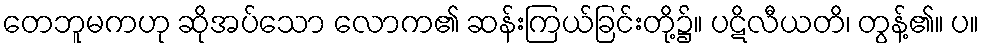
တေဘူမကဟု ဆိုအပ်သော လောက၏ ဆန်းကြယ်ခြင်းတို့၌။ ပဋိလီယတိ၊ တွန့်၏။ ပ။